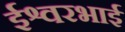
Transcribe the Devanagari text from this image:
ईश्वरभाई